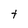
Character: t